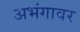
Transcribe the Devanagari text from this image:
अभंगावर